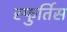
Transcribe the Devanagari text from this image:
स्फुर्तिस